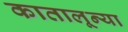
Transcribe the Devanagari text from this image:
कातालून्या